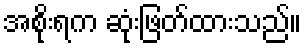
အစိုးရက ဆုံးဖြတ်ထားသည်။